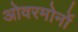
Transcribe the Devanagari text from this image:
ओवरमोनों